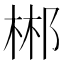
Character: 郴